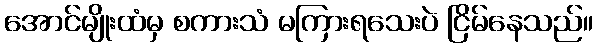
အောင်မျိုးထံမှ စကားသံ မကြားရသေးပဲ ငြိမ်နေသည်။